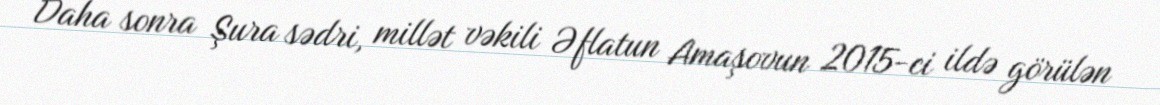
Daha sonra Şura sədri, millət vəkili Əflatun Amaşovun 2015-ci ildə görülən